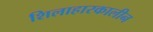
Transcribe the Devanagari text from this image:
शिलाहारकालीन